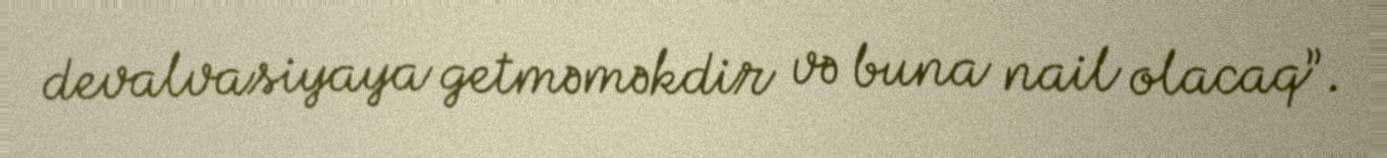
devalvasiyaya getməməkdir və buna nail olacaq”.